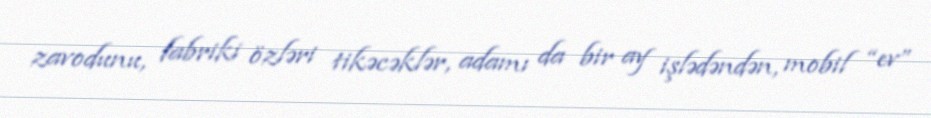
zavodunu, fabriki özləri tikəcəklər, adamı da bir ay işlədəndən, mobil “ev”